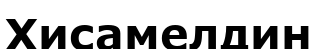
Хисамелдин